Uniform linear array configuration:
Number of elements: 8
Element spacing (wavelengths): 0.5
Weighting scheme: hamming
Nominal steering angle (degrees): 30
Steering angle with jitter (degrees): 28.317
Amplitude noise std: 0.05
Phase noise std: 0.05

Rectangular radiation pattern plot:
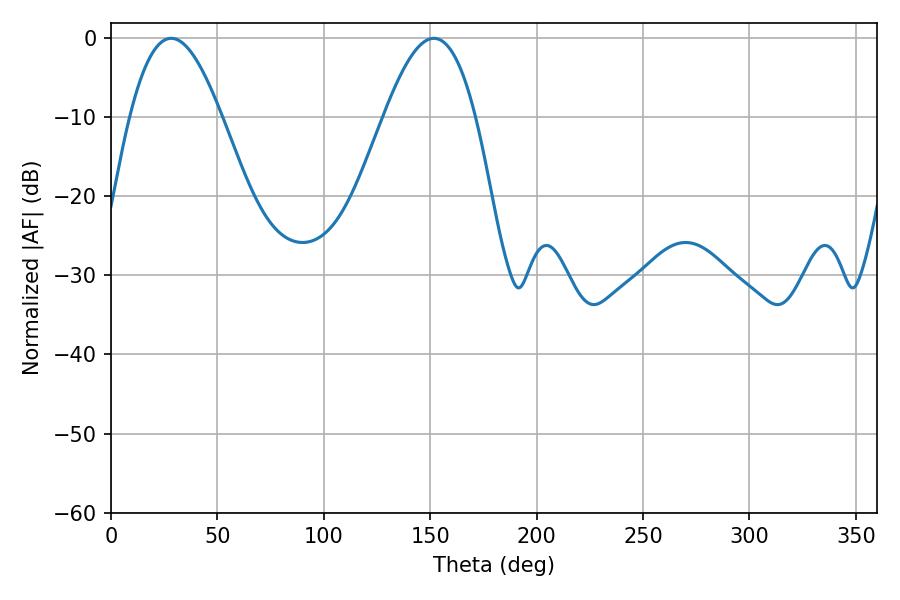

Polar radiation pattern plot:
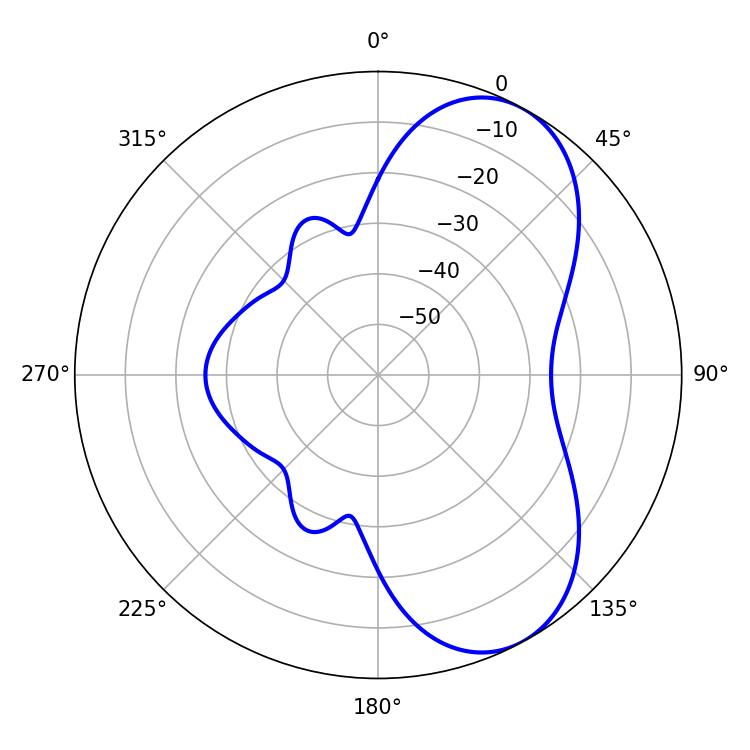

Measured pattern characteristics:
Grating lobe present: FALSE
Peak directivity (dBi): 6.643
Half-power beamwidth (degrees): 23.4
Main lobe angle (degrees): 28.26